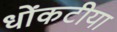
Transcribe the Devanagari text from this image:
धोंकटीया